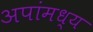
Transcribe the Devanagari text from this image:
अपांमध्य